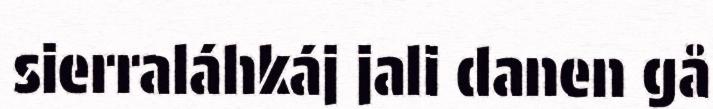
sierraláhkáj jali danen gå